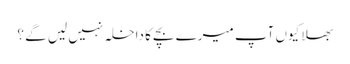
بھلا کیوں آپ میرے بچے کا داخلہ نہیں لیں گے ؟